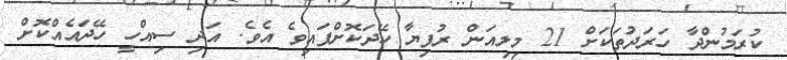
ކުރަމުންދާ ހަރަދުތަކަށް 21 މިލިއަން ރުފިޔާ ހޭދަކޮށްފައިވެ އެވެ. އަދި ސިއްހީ ހޭދައެއްކޮށް